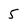
Character: 5